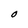
Character: O